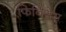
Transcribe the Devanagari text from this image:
फिनिशेस